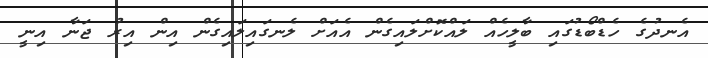
އެނދުގެ ހެޑްބޯޑުގައި ބާލީހެއް ލައްކޮށްލައިގެން އެއަށް ލެނގައިލައިގެން އިން އިރު ޖަނާ އިނީ